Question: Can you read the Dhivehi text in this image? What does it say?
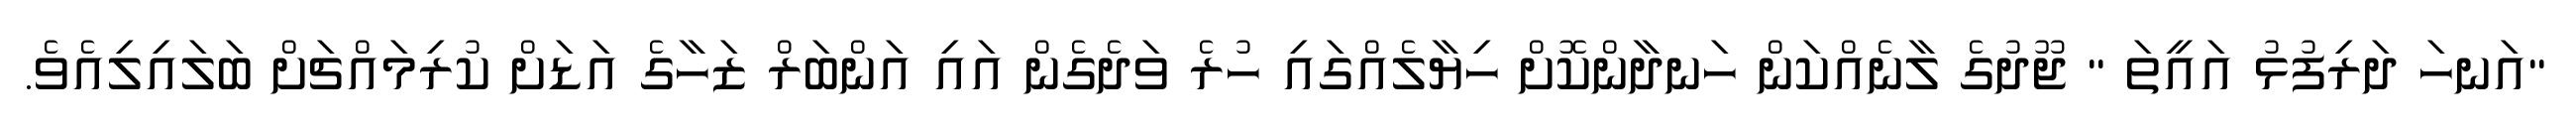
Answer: "އަނހަ ދަރިފުޅު އައީތަ " ޖޫދުގެ ލާނެއްކަން ހަނދާންކޮށް ހިޔާލެއްގައި ހުރެ ވަދެގެން އައި އަންބަރް ޒަހާގެ އަޑަށް ކުރިމައްޗަށް ބަލައިލިއެވެ.